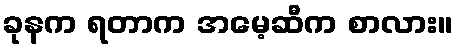
ခုနက ရတာက အမေ့ဆီက စာလား။